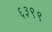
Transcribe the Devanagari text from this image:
६३९९